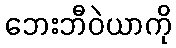
ဘေးဘီဝဲယာကို